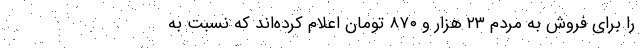
را برای فروش به مردم ۲۳ هزار و ۸۷۰ تومان اعلام کرده‌اند که نسبت به